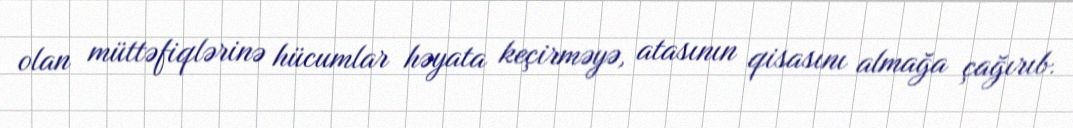
olan müttəfiqlərinə hücumlar həyata keçirməyə, atasının qisasını almağa çağırıb.